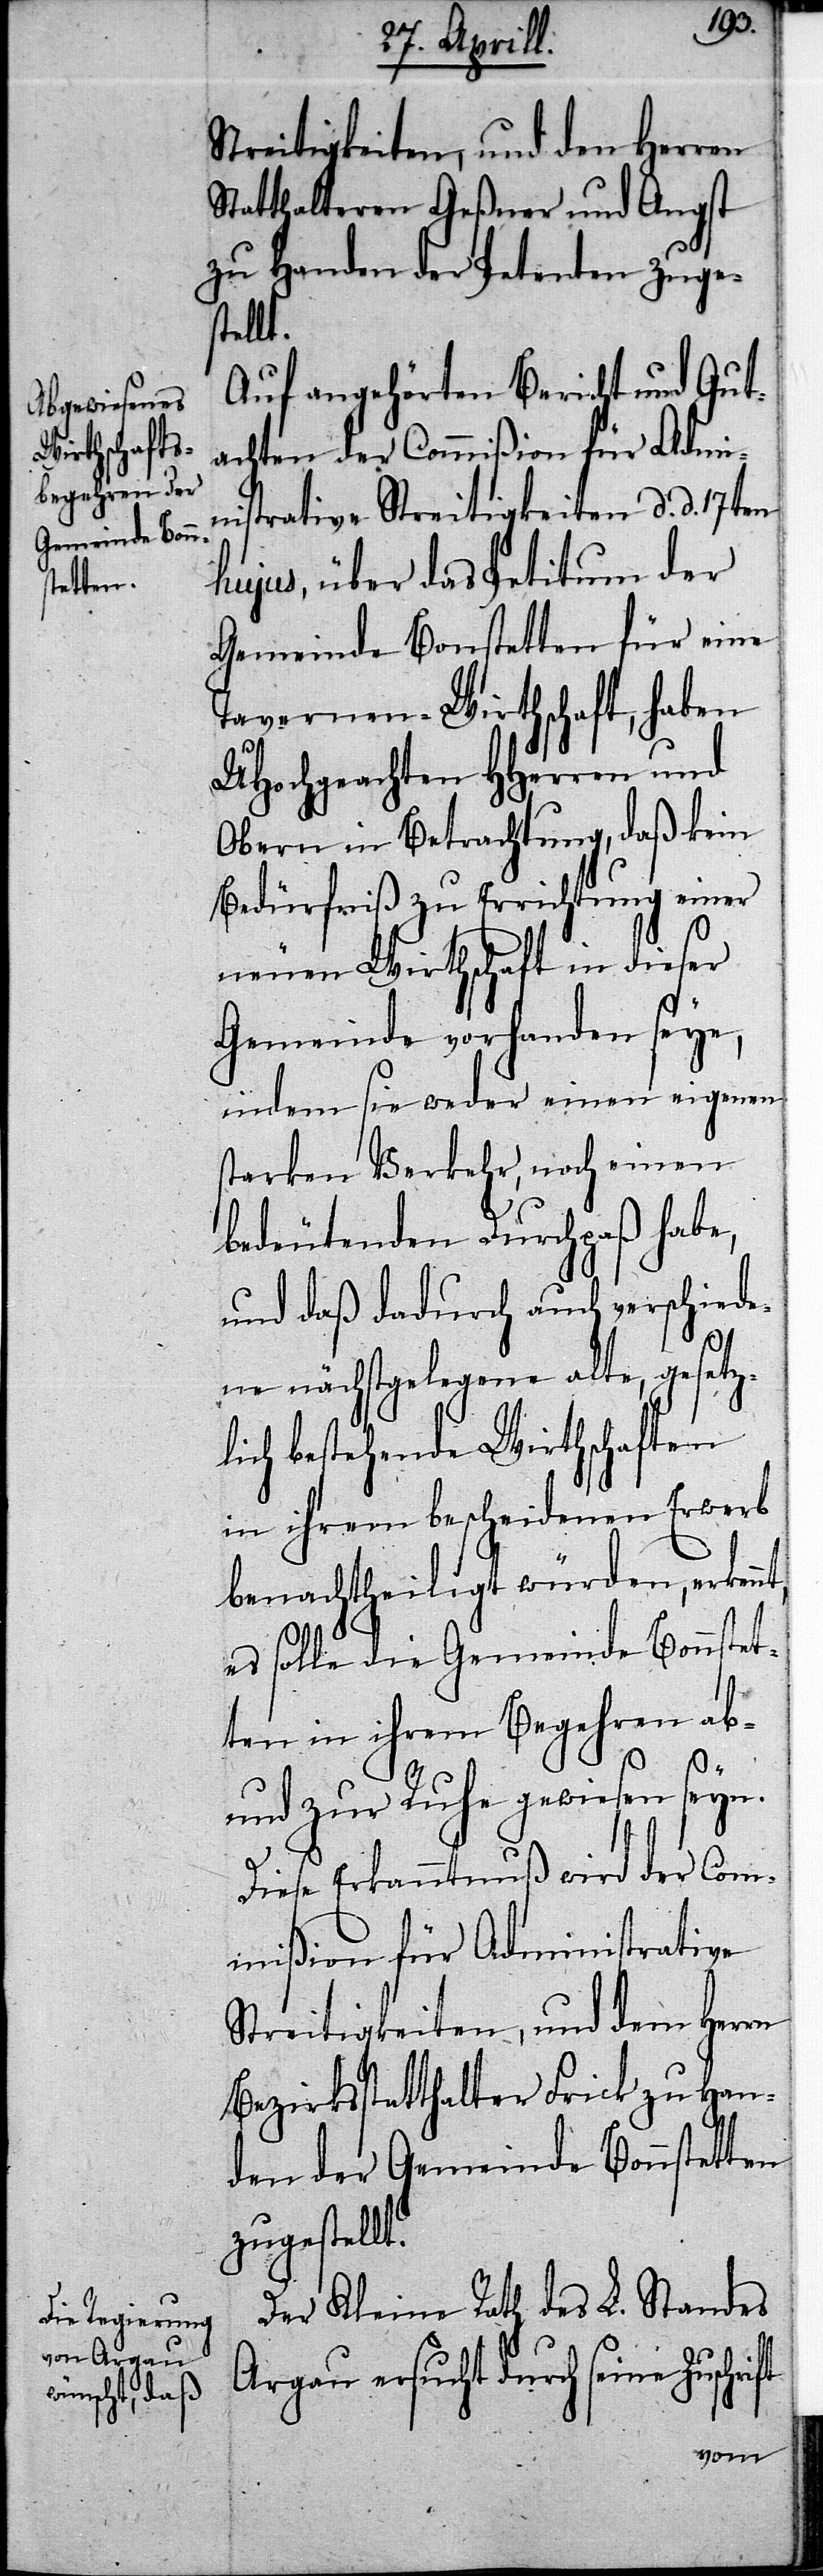
Streitigkeiten, und dem Herrn
Statthalteren Geßner und Angst
zu Handen der Petenten zuges¬
tellt.
Auf angehörten Bericht und Gut¬
achten der Commißion für Admin¬
istrative Streitigkeiten d. d. 17ten
hujus, über das Petitum der
Gemeinde Bonstetten für eine
Tavernen-Wirthschaft, haben
UHochgeachten HHerren und
Obern in Betrachtung, daß kein
Bedürfniß zu Errichtung einer
neuen Wirthschaft in dieser
Gemeinde vorhanden seye,
indem sie weder einen eigenen
starken Verkehr, noch einen
bedeutenden Durchpaß habe,
und daß dadurch auch verschiede¬
ne nächstgelegene alte, gesetz¬
lich bestehende Wirtschaften
in ihrem bescheidenen Erwerb
benachtheiligt würden, erkenn¬
es solle die Gemeinde Bonstet¬
t,
ten in ihrem Begehren ab-
und zur Ruhe gewiesen
Diese Erkanntnuß wird der Com¬
mißion für Administrative
Bezirksstatthalter Frick zu Han¬
den der Gemeinde Bonstetten
zugestellt.
Der Kleine Rath des L. Standes
Argau ersucht durch seine